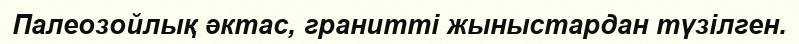
Палеозойлық әктас, гранитті жыныстардан түзілген.